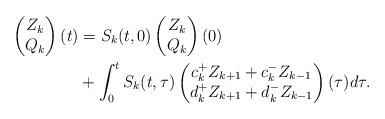
\begin{align*} \begin{pmatrix} Z_k \\ Q_k \end{pmatrix}(t) & = S_k(t,0) \begin{pmatrix} Z_k \\ Q_k \end{pmatrix}(0) \\ & + \int_{0}^{t} S_k(t, \tau) \begin{pmatrix} c_k^{+} Z_{k+1} + c_{k}^{-} Z_{k-1} \\ d_k^{+} Z_{k+1} + d_{k}^{-} Z_{k-1} \end{pmatrix}(\tau) d\tau.\end{align*}